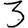
Digit: 3